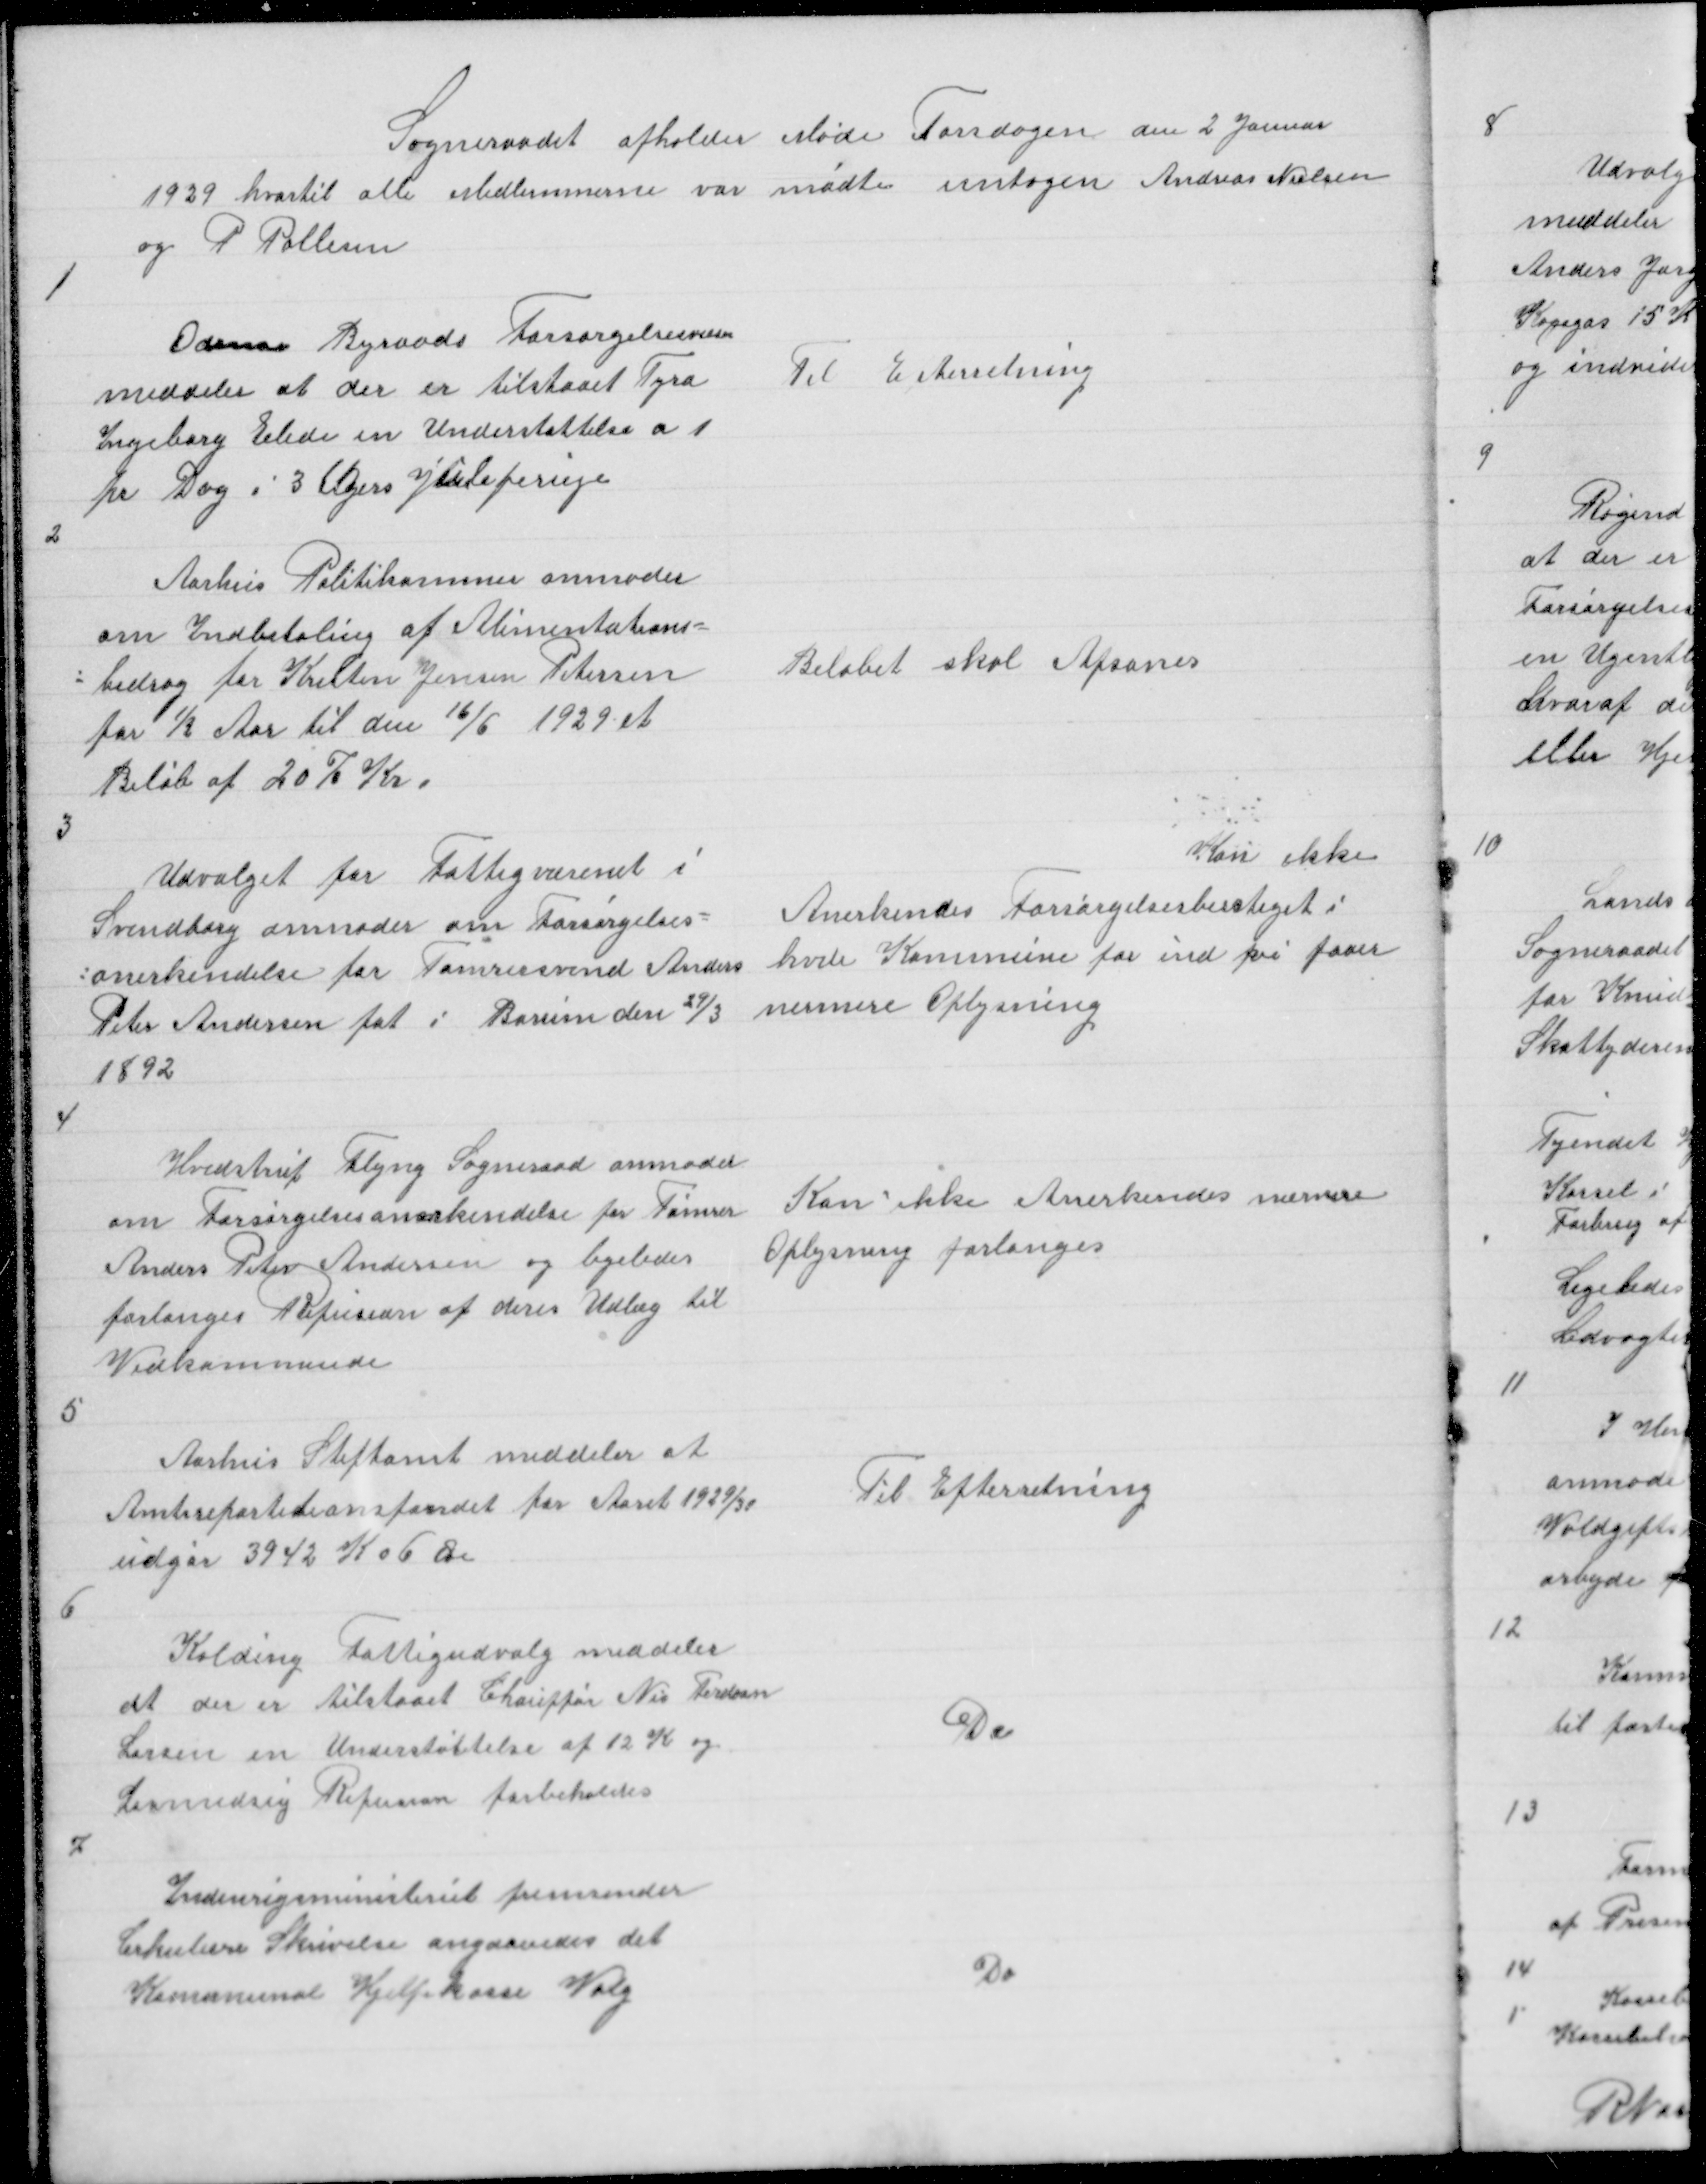
Transskription:
Sogneraadet afholder Møde Torsdagen den 2 Januar
1929 hvortil alle Medlemmerne var mødte untagen Andreas Nielsen
og P Pallesen

1

Odense Byraads Forsørgelsesvæsen
meddeler at der er tilstaaet Tyra
Ingeborg Elide en Understøttelse a 1
pr Dag i 3 Ugers Juleferieje

Til Efterretning

2

Aarhus Politikammer anmoder
om Indbetaling af Alimentations =
= bidrag for Kresten Jensen Petersen
for ½ Aar til den 16/6 1929 et
Beløb af 207 Kr

Beløbet skal Afsones

3

Udvalget for Fattigvæsenet i
Svendborg anmoder om Forsørgelses =
= anerkendelse for Tømrersvend Anders
Peter Andersen føt i Borum den 29/3
1892

Kan ikke
Anderkendes Forsørgelsesberetiget i
hvde Kommune før ind vi faaer
nermere Oplysning

4

Hvedstrup Flyng Sogneraad anmoder
om Forsørgelsesanerkendelse for Tømrer
Anders Peter Andersen og ligeledes
forlanges Refusion af deres Udlæg til
Vedkommende

Kan ikke Anerkendes nærmere
Oplysning forlanges

5

Aarhus Stiftamt meddeler at
Amtsrepartitionsfondet for Aaret 1929/30
udgør 3942 K 06 Øre

Til Efterretning

6

Kolding Fattigudvalg meddeler
at der er tilstaaet Chauffør Nis Ferdinan
Larsen en Understøttelse af 12 K og
Lovmedsig Refusion forbeholdes

Do

7

Indenrigsministeriet fremsender
Cirkulære Skrivelse angaaendes det
Kommunal Hjelpekasse Valg

Do